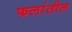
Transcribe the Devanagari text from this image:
फलांतील